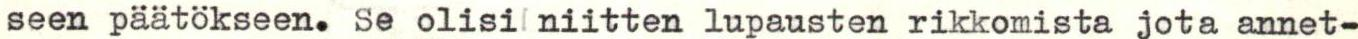
seen päätökseen. Se olisi niitten lupausten rikkomista jota annet-